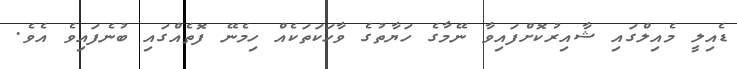
ޑެއިލީ މެއިލްގައި ޝާއިރުކޮށްފައިވާ ނޭމާގެ ހަޔާތުގެ ވާހަކަތަކެއް ހިމެނޭ ފޮތެއްގައި ބުނެފައިވެ އެވެ.